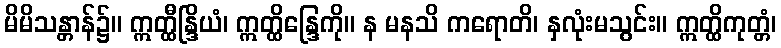
မိမိသန္တာန်၌။ ဣတ္ထီန္ဒြိယံ၊ ဣတ္ထိန္ဒြေကို။ န မနသိ ကရောတိ၊ နှလုံးမသွင်း။ ဣတ္ထိကုတ္တံ၊